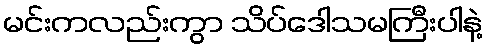
မင်းကလည်းကွာ သိပ်ဒေါသမကြီးပါနဲ့